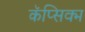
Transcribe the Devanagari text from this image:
कॅप्सिक्म